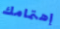
إهتمامك